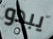
يبدو